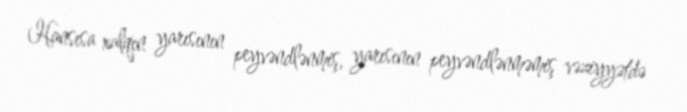
Hansısa xalqın yarısının peyvəndlənmiş, yarısının peyvəndlənməmiş vəziyyətdə